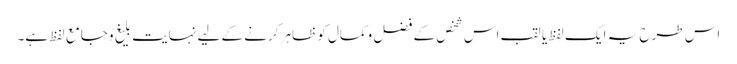
اس طرح یہ ایک لفظ یا لقب اس شخص کے فضل وکمال کو ظاہر کرنے کے لیے نہایت بلیغ وجامع لفظ ہے۔